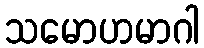
သမောဟမာဂါ